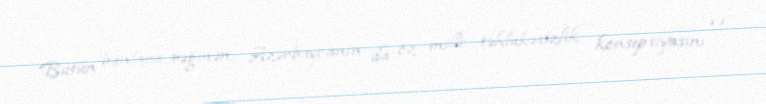
Bütün bunlara rəğmən, Azərbaycanın da öz milli təhlükəsizlik konsepsiyasını və